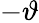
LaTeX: -\vartheta